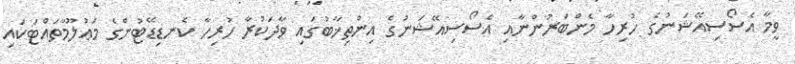
ވީމާ އެސޯސިއޭޝަނުގެ ހުރިހާ މެންބަރުންނާއި އެސޯސިއޭޝަނުގެ އިންތިޚާބުގައި ވާދަކުރާ ހުރިހާ ކެނޑިޑޭޓުންގެ މަޢުލޫމާތައްޓަކައި